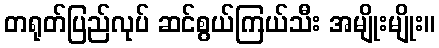
တရုတ်ပြည်လုပ် ဆင်စွယ်ကြယ်သီး အမျိုးမျိုး။